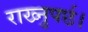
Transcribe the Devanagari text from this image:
राख्नुपर्छ।